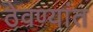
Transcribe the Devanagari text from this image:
ठेवण्यांत